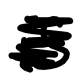
Text: is
Cross-out: mix
Writing tool: digital_black